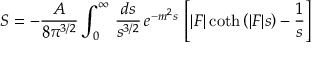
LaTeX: S = - { \frac { \cal A } { 8 \pi ^ { 3 / 2 } } } \int _ { 0 } ^ { \infty } \, { \frac { d s } { s ^ { 3 / 2 } } } \, e ^ { - m ^ { 2 } s } \, \left[ | { \cal F } | \coth \left( | { \cal F } | s \right) - { \frac { 1 } { s } } \right]